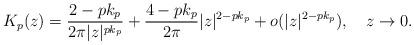
LaTeX: \begin{align*}K_{p}(z)=\frac{2-pk_p}{2\pi|z|^{pk_p}}+\frac{4-pk_p}{2\pi}|z|^{2-pk_p}+o(|z|^{2-pk_p}),\ \ \ z\rightarrow0.\end{align*}